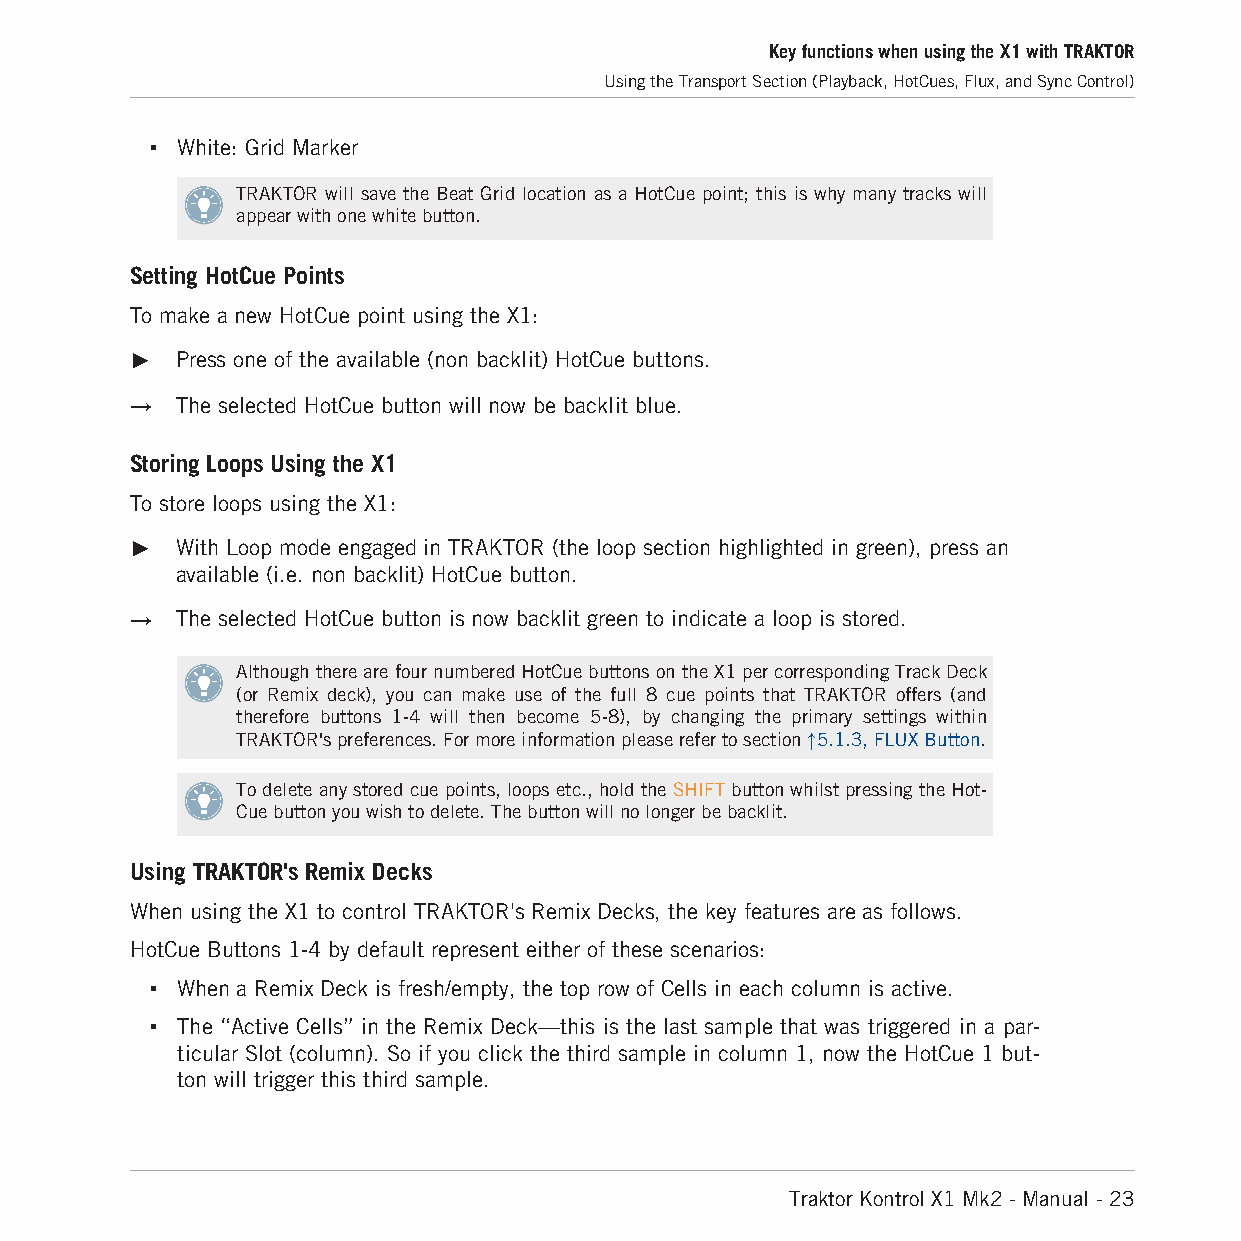
Key functions when using the X1 with TRAKTOR
 Using the Transport Section (Playback, HotCues, Flux, and Sync Control)
 ▪ White: Grid Marker
 TRAKTOR will save the Beat Grid location as a HotCue point; this is why many tracks will
 appear with one white button.
 Setting HotCue Points
 To make a new HotCue point using the X1:
 ►  Press one of the available (non backlit) HotCue buttons.
 →  The selected HotCue button will now be backlit blue.
 Storing Loops Using the X1
 To store loops using the X1:
 ►  With Loop mode engaged in TRAKTOR (the loop section highlighted in green), press an
 available (i.e. non backlit) HotCue button.
 →  The selected HotCue button is now backlit green to indicate a loop is stored.
 Although there are four numbered HotCue buttons on the X1 per corresponding Track Deck
 (or Remix deck), you can make use of the full 8 cue points that TRAKTOR offers (and
 therefore buttons 1-4 will then become 5-8), by changing the primary settings within
 TRAKTOR's preferences. For more information please refer to section ↑5.1.3, FLUX Button.
 To delete any stored cue points, loops etc., hold the SHIFT button whilst pressing the Hot-
 Cue button you wish to delete. The button will no longer be backlit.
 Using TRAKTOR's Remix Decks
 When using the X1 to control TRAKTOR's Remix Decks, the key features are as follows.
 HotCue Buttons 1-4 by default represent either of these scenarios:
 ▪ When a Remix Deck is fresh/empty, the top row of Cells in each column is active.
 ▪ The “Active Cells” in the Remix Deck—this is the last sample that was triggered in a par-
 ticular Slot (column). So if you click the third sample in column 1, now the HotCue 1 but-
 ton will trigger this third sample.
 Traktor Kontrol X1 Mk2 - Manual - 23